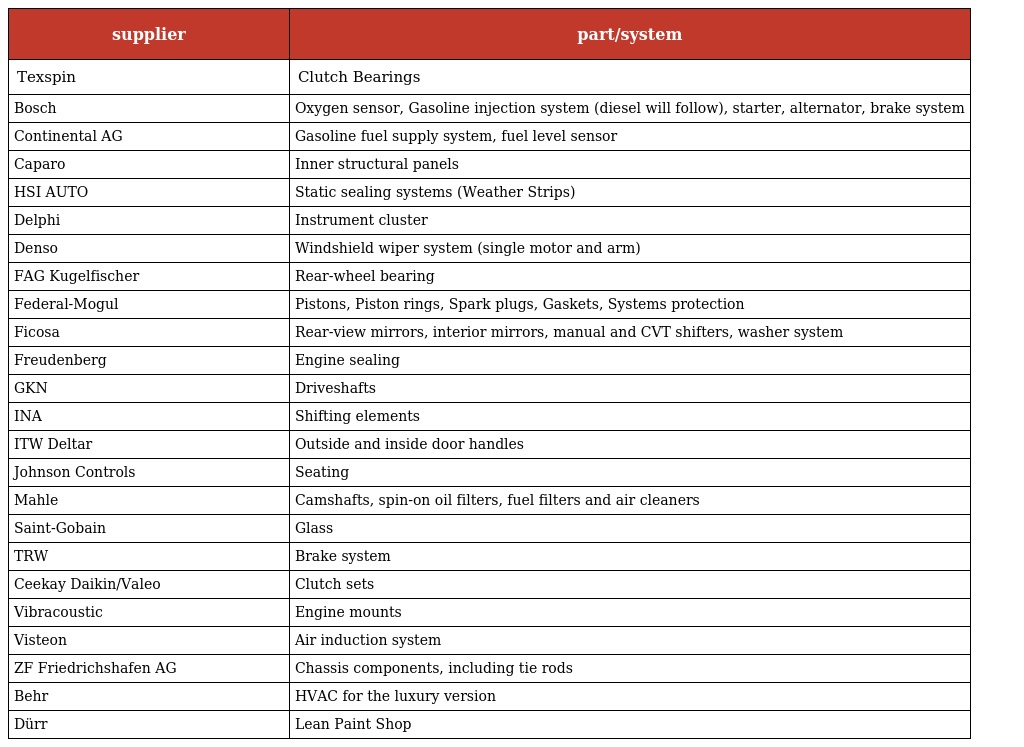
| supplier | part/system |
 | --- | --- |
 | Texspin | Clutch Bearings |
 | Bosch | Oxygen sensor, Gasoline injection system (diesel will follow), starter, alternator, brake system |
 | Continental AG | Gasoline fuel supply system, fuel level sensor |
 | Caparo | Inner structural panels |
 | HSI AUTO | Static sealing systems (Weather Strips) |
 | Delphi | Instrument cluster |
 | Denso | Windshield wiper system (single motor and arm) |
 | FAG Kugelfischer | Rear-wheel bearing |
 | Federal-Mogul | Pistons, Piston rings, Spark plugs, Gaskets, Systems protection |
 | Ficosa | Rear-view mirrors, interior mirrors, manual and CVT shifters, washer system |
 | Freudenberg | Engine sealing |
 | GKN | Driveshafts |
 | INA | Shifting elements |
 | ITW Deltar | Outside and inside door handles |
 | Johnson Controls | Seating |
 | Mahle | Camshafts, spin-on oil filters, fuel filters and air cleaners |
 | Saint-Gobain | Glass |
 | TRW | Brake system |
 | Ceekay Daikin/Valeo | Clutch sets |
 | Vibracoustic | Engine mounts |
 | Visteon | Air induction system |
 | ZF Friedrichshafen AG | Chassis components, including tie rods |
 | Behr | HVAC for the luxury version |
 | Dürr | Lean Paint Shop |